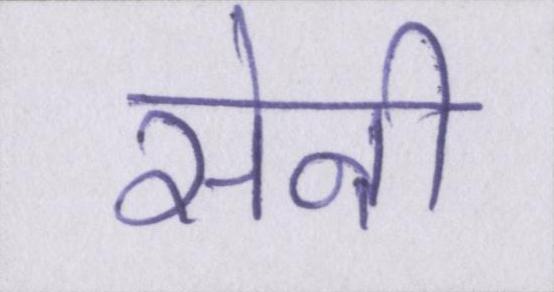
सेनी